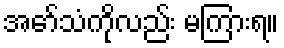
အော်သံကိုလည်း မကြားရ။